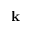
\mathbf { k }